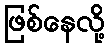
ဖြစ်နေလို့